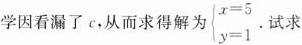
学因看漏了c，从而求得解为 $$\left\{ \begin{matrix} x=5 \\ y=1 \end{matrix} \right.$$ .试求